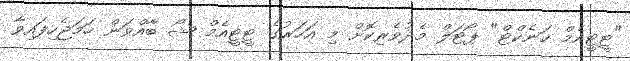
"ޓީޓީއެމް ކަނެކްޓް" ޕޯޓަލް މެދުވެރިކޮށް މި އަހަރުގެ ޓީޓީއެމް ޝޯ ބާއްވަން ހަމަޖެހިފައިވާ